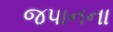
જપાનના